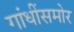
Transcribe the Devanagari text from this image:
गांधींसमोर